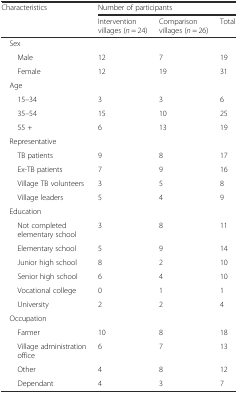
<table><thead><tr><td><b>Characteristics</b></td><td colspan="3"><b>Number of participants</b></td></tr><tr><td></td><td><b>Intervention villages (<i>n</i> = 24)</b></td><td><b>Comparison villages (<i>n</i> = 26)</b></td><td><b>Total</b></td></tr></thead><tbody><tr><td colspan="4"> Sex</td></tr><tr><td>Male</td><td>12</td><td>7</td><td>19</td></tr><tr><td>Female</td><td>12</td><td>19</td><td>31</td></tr><tr><td colspan="4"> Age</td></tr><tr><td>15–34</td><td>3</td><td>3</td><td>6</td></tr><tr><td>35–54</td><td>15</td><td>10</td><td>25</td></tr><tr><td>55 +</td><td>6</td><td>13</td><td>19</td></tr><tr><td colspan="4"> Representative</td></tr><tr><td>TB patients</td><td>9</td><td>8</td><td>17</td></tr><tr><td>Ex-TB patients</td><td>7</td><td>9</td><td>16</td></tr><tr><td>Village TB volunteers</td><td>3</td><td>5</td><td>8</td></tr><tr><td>Village leaders</td><td>5</td><td>4</td><td>9</td></tr><tr><td colspan="4"> Education</td></tr><tr><td>Not completed elementary school</td><td>3</td><td>8</td><td>11</td></tr><tr><td>Elementary school</td><td>5</td><td>9</td><td>14</td></tr><tr><td>Junior high school</td><td>8</td><td>2</td><td>10</td></tr><tr><td>Senior high school</td><td>6</td><td>4</td><td>10</td></tr><tr><td>Vocational college</td><td>0</td><td>1</td><td>1</td></tr><tr><td>University</td><td>2</td><td>2</td><td>4</td></tr><tr><td colspan="4"> Occupation</td></tr><tr><td>Farmer</td><td>10</td><td>8</td><td>18</td></tr><tr><td>Village administration office</td><td>6</td><td>7</td><td>13</td></tr><tr><td>Other</td><td>4</td><td>8</td><td>12</td></tr><tr><td>Dependant</td><td>4</td><td>3</td><td>7</td></tr></tbody></table>